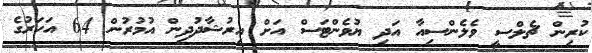
ކުރިން ޗެލްސީ ވެލެންސިއާ އަދި ޔުވެންޓަސް އަށް އިރުޝާދުދިން އުމުރުން 64 އަހަރުގެ